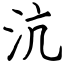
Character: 沆